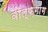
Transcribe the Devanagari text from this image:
वोल्फ़गांग